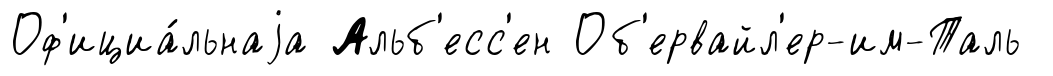
Оф'ициа́льнаjа Альб'есс'ен Об'ервайл'ер-им-Таль